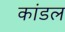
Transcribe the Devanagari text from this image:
कांडल